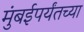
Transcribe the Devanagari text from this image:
मुंबईपर्यंतच्या